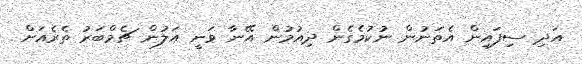
އަދި ސިފައިން އެތަނުން ނުކުމެގެން ދިއުމުން އޭނާ ވަނީ އަލުން ޗެމްބަރު ތެރެއަށް